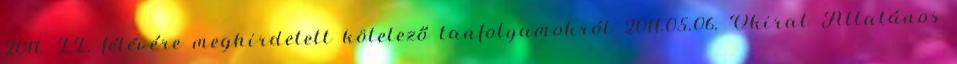
2011. II. félévére meghirdetett kötelező tanfolyamokról 2011.05.06. Okirat Általános